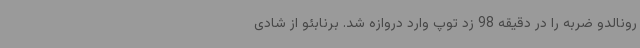
رونالدو ضربه را در دقیقه 98 زد توپ وارد دروازه شد. برنابئو از شادی